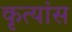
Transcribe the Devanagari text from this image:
कृत्यांस